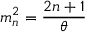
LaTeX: m _ { n } ^ { 2 } = { \frac { 2 n + 1 } { \theta } }